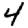
Digit: 4